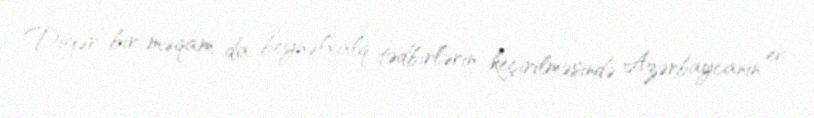
Digər bir məqam da beynəlxalq tədbirlərin keçirilməsində Azərbaycanın ev